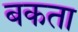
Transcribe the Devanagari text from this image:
बकता